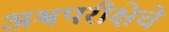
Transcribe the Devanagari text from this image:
अश्वपरीक्षेचे